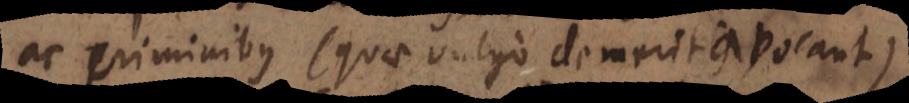
ac criminibus (quae vulgo demerita vocant)